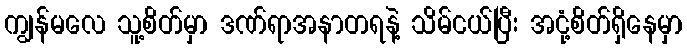
ကျွန်မလေ သူ့စိတ်မှာ ဒဏ်ရာအနာတရနဲ့ သိမ်ငယ်ပြီး အငုံ့စိတ်ရှိနေမှာ